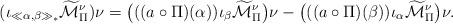
LaTeX: \begin{align*} (\iota_{\ll \alpha,\beta\gg_\ast}\widetilde{\mathcal{M}}_\Pi^\nu)\nu=\big(((a\circ\Pi)(\alpha))\iota_\beta\widetilde{\mathcal{M}}_\Pi^\nu\big)\nu-\big(((a\circ\Pi)(\beta))\iota_\alpha\widetilde{\mathcal{M}}_\Pi^\nu\big)\nu.\end{align*}